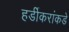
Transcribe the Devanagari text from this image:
हर्डीकरांकडे